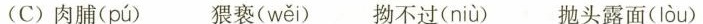
(C)肉脯( pú ) 猥亵( wěi ) 拗不过( niù ) 抛头露面( lòu )